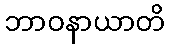
ဘာဝနာယာတိ